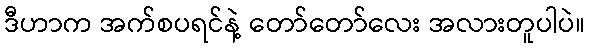
ဒီဟာက အက်စပရင်နဲ့ တော်တော်လေး အလားတူပါပဲ။